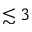
\lesssim 3